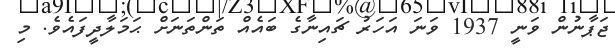
ޖަޕާނުން ވަނީ 1937 ވަނަ އަހަރު ޗައިނާގެ ބައެއް ތަންތަނަށް ޙަމަލާދީފައެވެ. މި